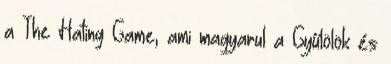
a The Hating Game, ami magyarul a Gyűlölök és